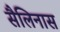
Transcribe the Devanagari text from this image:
सैलिनास